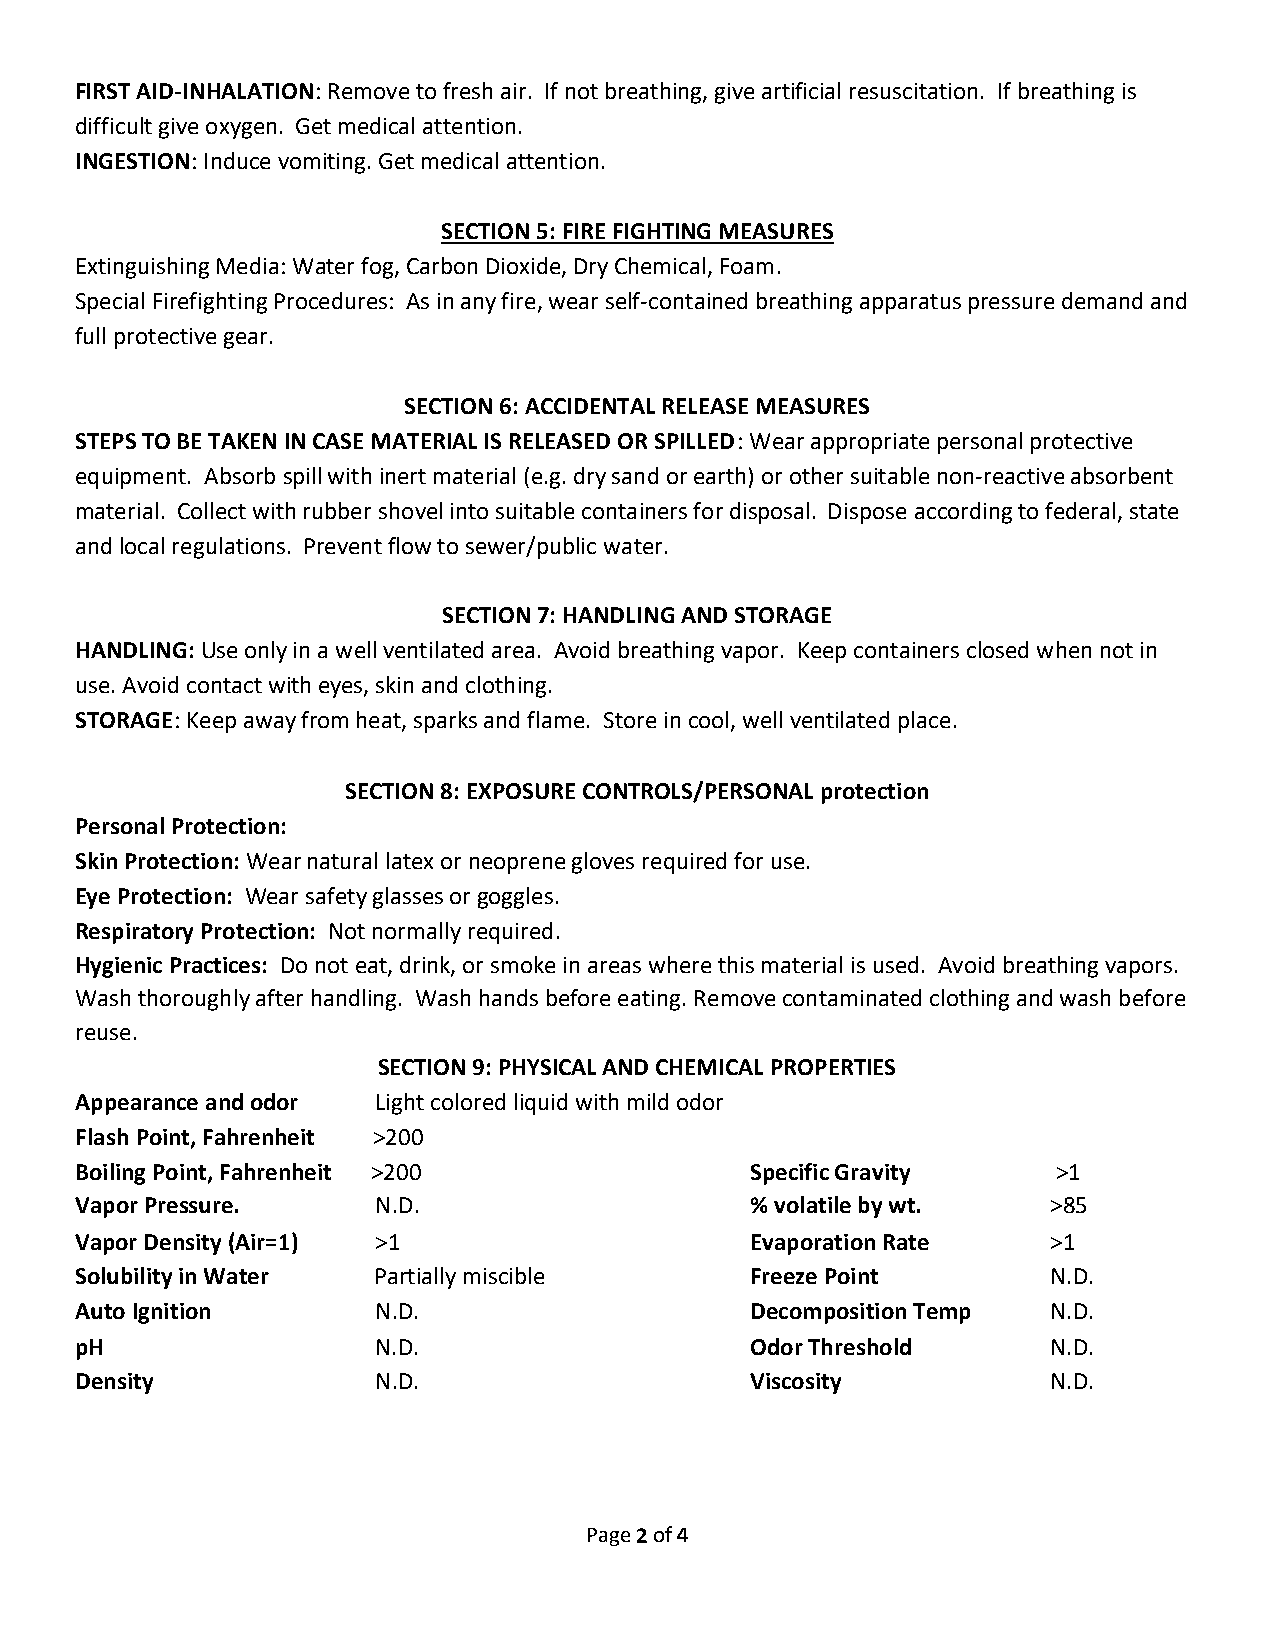
FIRST AID-INHALATION: Remove to fresh air. If not breathing, give artificial resuscitation. If breathing is
 difficult give oxygen. Get medical attention.
 INGESTION: Induce vomiting. Get medical attention.
 SECTION 5: FIRE FIGHTING MEASURES
 Extinguishing Media: Water fog, Carbon Dioxide, Dry Chemical, Foam.
 Special Firefighting Procedures: As in any fire, wear self-contained breathing apparatus pressure demand and
 full protective gear.
 SECTION 6: ACCIDENTAL RELEASE MEASURES
 STEPS TO BE TAKEN IN CASE MATERIAL IS RELEASED OR SPILLED: Wear appropriate personal protective
 equipment. Absorb spill with inert material (e.g. dry sand or earth) or other suitable non-reactive absorbent
 material. Collect with rubber shovel into suitable containers for disposal. Dispose according to federal, state
 and local regulations. Prevent flow to sewer/public water.
 SECTION 7: HANDLING AND STORAGE
 HANDLING: Use only in a well ventilated area. Avoid breathing vapor. Keep containers closed when not in
 use. Avoid contact with eyes, skin and clothing.
 STORAGE: Keep away from heat, sparks and flame. Store in cool, well ventilated place.
 SECTION 8: EXPOSURE CONTROLS/PERSONAL protection
 Personal Protection:
 Skin Protection: Wear natural latex or neoprene gloves required for use.
 Eye Protection: Wear safety glasses or goggles.
 Respiratory Protection: Not normally required.
 Hygienic Practices: Do not eat, drink, or smoke in areas where this material is used. Avoid breathing vapors.
 Wash thoroughly after handling. Wash hands before eating. Remove contaminated clothing and wash before
 reuse.
 SECTION 9: PHYSICAL AND CHEMICAL PROPERTIES
 Appearance and odor Light colored liquid with mild odor
 Flash Point, Fahrenheit >200
 Boiling Point, Fahrenheit >200               Specific Gravity    >1
 Vapor Pressure.     N.D.                     % volatile by wt.   >85
 Vapor Density (Air=1) >1                     Evaporation Rate    >1
 Solubility in Water Partially miscible       Freeze Point        N.D.
 Auto Ignition       N.D.                     Decomposition Temp  N.D.
 pH                  N.D.                     Odor Threshold      N.D.
 Density             N.D.                     Viscosity           N.D.
 Page 2 of 4